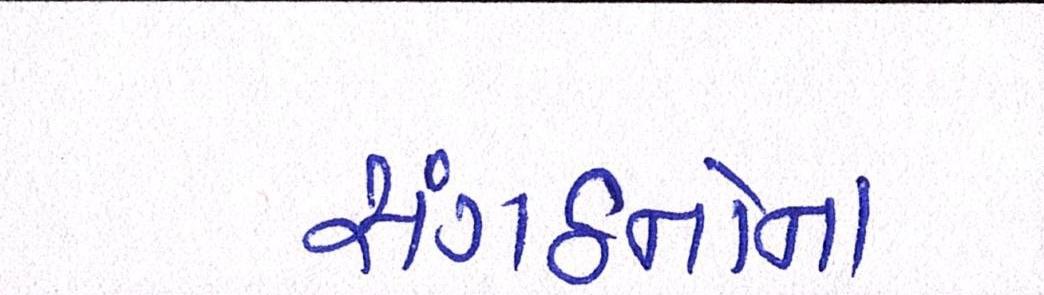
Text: સંગઠનોના